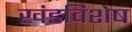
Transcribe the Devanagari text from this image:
खंडविशेष